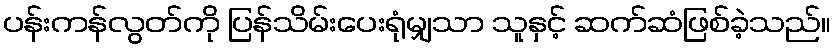
ပန်းကန်လွတ်ကို ပြန်သိမ်းပေးရုံမျှသာ သူနှင့် ဆက်ဆံဖြစ်ခဲ့သည်။